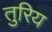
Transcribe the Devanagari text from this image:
तुरिय